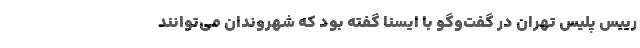
رییس پلیس تهران در گفت‌وگو با ایسنا گفته بود که شهروندان می‌توانند